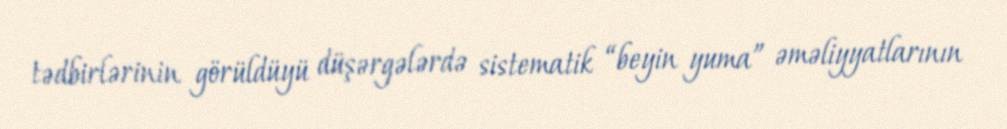
tədbirlərinin görüldüyü düşərgələrdə sistematik “beyin yuma” əməliyyatlarının